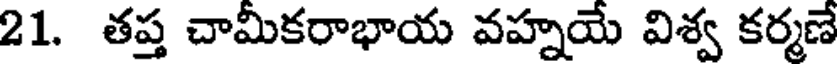
21. తప్త చామీకరాభాయ వహ్నయే విశ్వ కర్మణే